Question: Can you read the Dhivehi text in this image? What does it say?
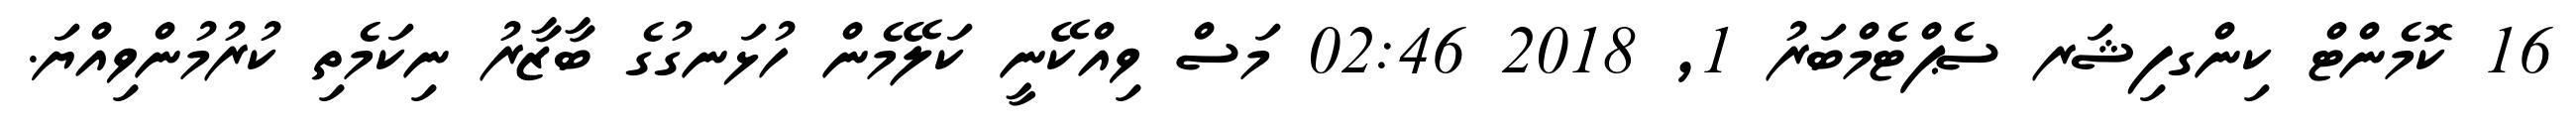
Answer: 16 ކޮމެންޓް ކިންގފިޝަރ ސެޕްޓެމްބަރު 1, 2018 02:46 މަސް ވިއްކޭނީ ކަލޭމެން ހުޅަނގުގެ ބާޒާރު ނިކަމެތި ކުރުމުންވިއްޔަ.